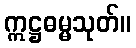
ဣဋ္ဌဓမ္မသုတ်။